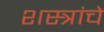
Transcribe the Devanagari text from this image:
शस्‍त्रांचे